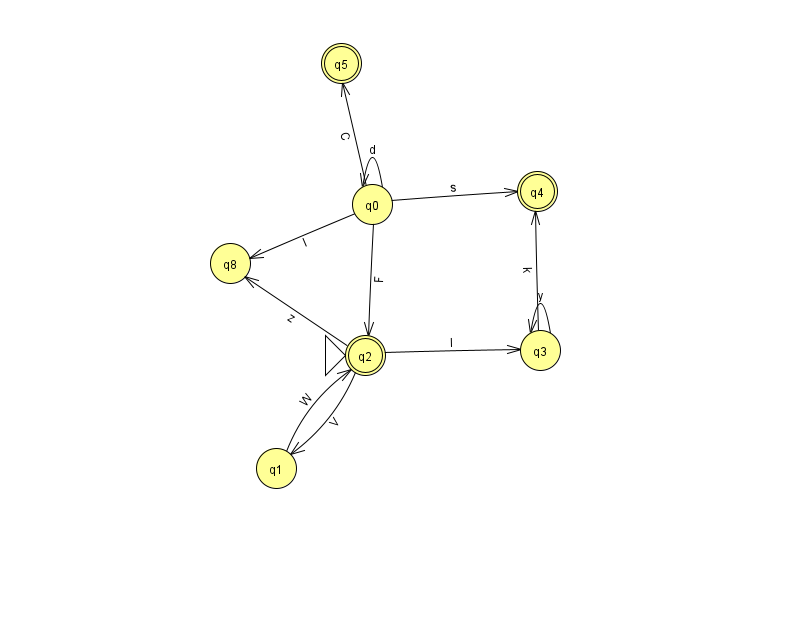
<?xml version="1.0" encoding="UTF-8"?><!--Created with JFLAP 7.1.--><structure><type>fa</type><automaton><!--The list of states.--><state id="0" name="q0"><x>372.0</x><y>191.0</y></state><state id="1" name="q1"><x>276.0</x><y>455.0</y></state><state id="2" name="q2"><x>365.0</x><y>342.0</y><initial/><final/></state><state id="3" name="q3"><x>540.0</x><y>337.0</y></state><state id="4" name="q4"><x>537.0</x><y>178.0</y><final/></state><state id="5" name="q5"><x>341.0</x><y>50.0</y><final/></state><state id="8" name="q8"><x>230.0</x><y>250.0</y></state><!--The list of transitions.--><transition><from>0</from><to>4</to><read>s</read></transition><transition><from>2</from><to>3</to><read>I</read></transition><transition><from>0</from><to>0</to><read>d</read></transition><transition><from>0</from><to>8</to><read>l</read></transition><transition><from>0</from><to>5</to><read>C</read></transition><transition><from>3</from><to>3</to><read>y</read></transition><transition><from>0</from><to>2</to><read>F</read></transition><transition><from>1</from><to>2</to><read>W</read></transition><transition><from>2</from><to>1</to><read>V</read></transition><transition><from>3</from><to>4</to><read>k</read></transition><transition><from>2</from><to>8</to><read>z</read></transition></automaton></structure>